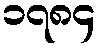
၁၇၈၄